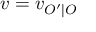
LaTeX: v = v _ { O ^ { \prime } \mid O }